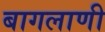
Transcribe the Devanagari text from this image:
बागलाणी